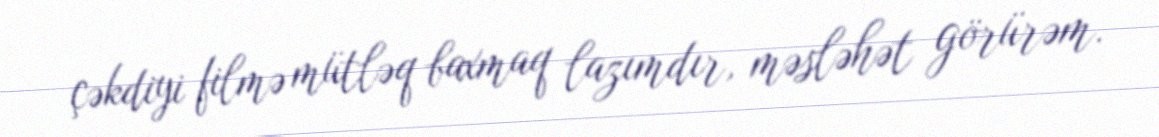
çəkdiyi filmə mütləq baxmaq lazımdır, məsləhət görürəm.